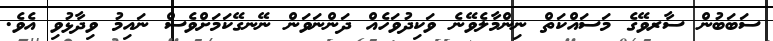
ސަބަބުން ސާރވޭގެ މަސައްކަތް ނިންމާލެވޭނެ ވަކިދުވަހެއް ދަންނަވަން ނޭނގޭކަމަށްވެސް ނައިމު ވިދާޅުވި އެވެ.